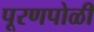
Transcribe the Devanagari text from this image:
पूरणपोळी